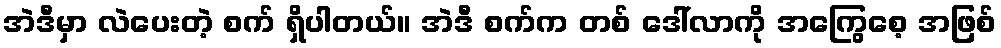
အဲဒီမှာ လဲပေးတဲ့ စက် ရှိပါတယ်။ အဲဒီ စက်က တစ် ဒေါ်လာကို အကြွေစေ့ အဖြစ်